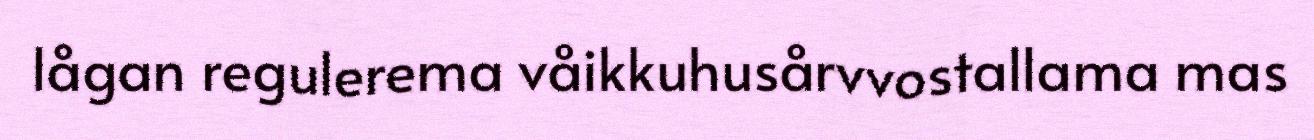
lågan regulerema våikkuhusårvvostallama mas